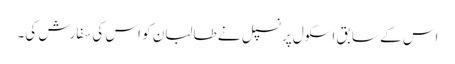
اس کے سابق اسکول پرنسپل نے طالبان کو اس کی سفارش کی۔